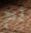
لم